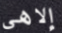
إلاهى